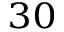
_ { 3 0 }